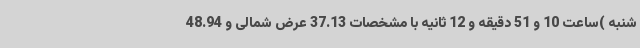
شنبه )ساعت 10 و 51 دقیقه و 12 ثانیه با مشخصات 37.13 عرض شمالی و 48.94